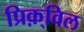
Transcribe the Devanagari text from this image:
प्रिक़्विल